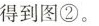
得到图②。